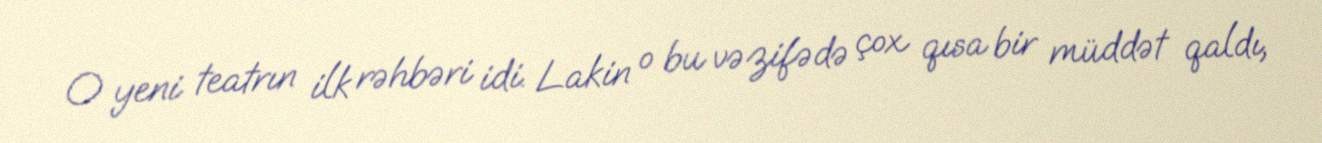
O yeni teatrın ilk rəhbəri idi. Lakin o bu vəzifədə çox qısa bir müddət qaldı,